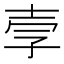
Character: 𫯂